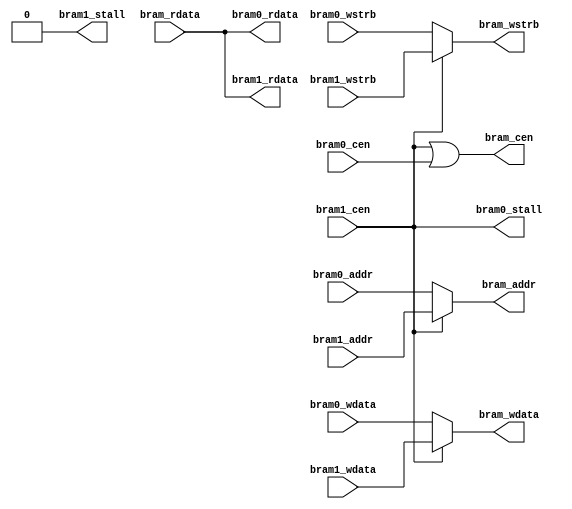

//
// module: frv_bram_mux
//
//  Enables two BRAM interfaces to share one bram.
//
module frv_bram_mux(
output wire         bram_cen        ,
output wire  [31:0] bram_addr       ,
output wire  [31:0] bram_wdata      ,
output wire  [ 3:0] bram_wstrb      ,
input  wire  [31:0] bram_rdata      ,

input  wire         bram0_cen       ,
input  wire  [31:0] bram0_addr      ,
input  wire  [31:0] bram0_wdata     ,
input  wire  [ 3:0] bram0_wstrb     ,
output wire         bram0_stall     ,
output wire  [31:0] bram0_rdata     ,

input  wire         bram1_cen       ,
input  wire  [31:0] bram1_addr      ,
input  wire  [31:0] bram1_wdata     ,
input  wire  [ 3:0] bram1_wstrb     ,
output wire         bram1_stall     ,
output wire  [31:0] bram1_rdata

);

assign bram_cen     = bram1_cen || bram0_cen;
assign bram_addr    = bram1_cen ? bram1_addr  : bram0_addr ;
assign bram_wdata   = bram1_cen ? bram1_wdata : bram0_wdata;
assign bram_wstrb   = bram1_cen ? bram1_wstrb : bram0_wstrb;

assign bram0_rdata  = bram_rdata;
assign bram1_rdata  = bram_rdata;

assign bram0_stall  = bram1_cen;
assign bram1_stall  = 1'b0;

endmodule